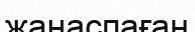
жанаспаған